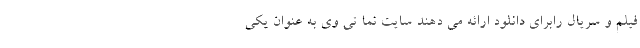
فیلم و سریال رابرای دانلود ارائه می دهند سایت نما تی وی به عنوان یکی